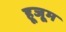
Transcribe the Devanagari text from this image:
हूजूम